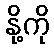
နို့ကို